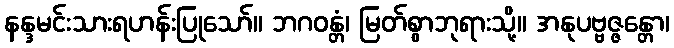
နန္ဒမင်းသားရဟန်းပြုသော်။ ဘဂဝန္တံ၊ မြတ်စွာဘုရားသို့။ အနုပဗ္ဗဇ္ဇန္တော၊